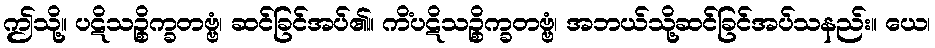
ဤသို့။ ပဋိသဉ္စိက္ခတဗ္ဗံ၊ ဆင်ခြင်အပ်၏။ ကိံပဋိသဉ္စိက္ခတဗ္ဗံ၊ အဘယ်သို့ဆင်ခြင်အပ်သနည်း။ ယေ၊